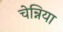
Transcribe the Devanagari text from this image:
चेन्निया